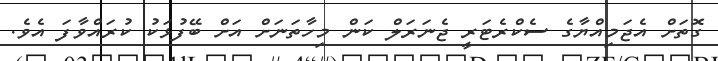
ގޮތަށް އެޖަމިއްޔާގެ ސެކްރެޓަރީ ޖެނަރަލް ކަން މިހާތަނަށް އަށް ބޭފުޅަކު ކުރައްވާފަ އެވެ.